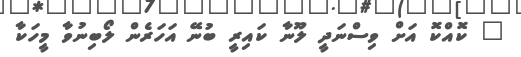
" ކޮއްކޮ އަށް ވިސްނަދީ ލޫނާ ކައިރީ ބުނޭ އަހަރެން ލޯބިނުވާ މީހަކާ